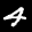
Label: 4